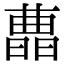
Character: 𣊛